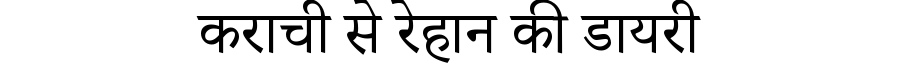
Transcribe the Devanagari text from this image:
कराची से रेहान की डायरी